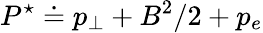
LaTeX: P^{\star}\doteq p_{\perp}+B^{2}/2+p_{e}